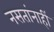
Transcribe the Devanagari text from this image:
नसतांनाहीं